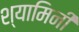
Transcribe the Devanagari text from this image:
श्यामिनी